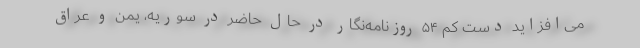
می‌افزاید دست کم ۵۴ روزنامه‌نگار در حال حاضر در سوریه، یمن و عراق